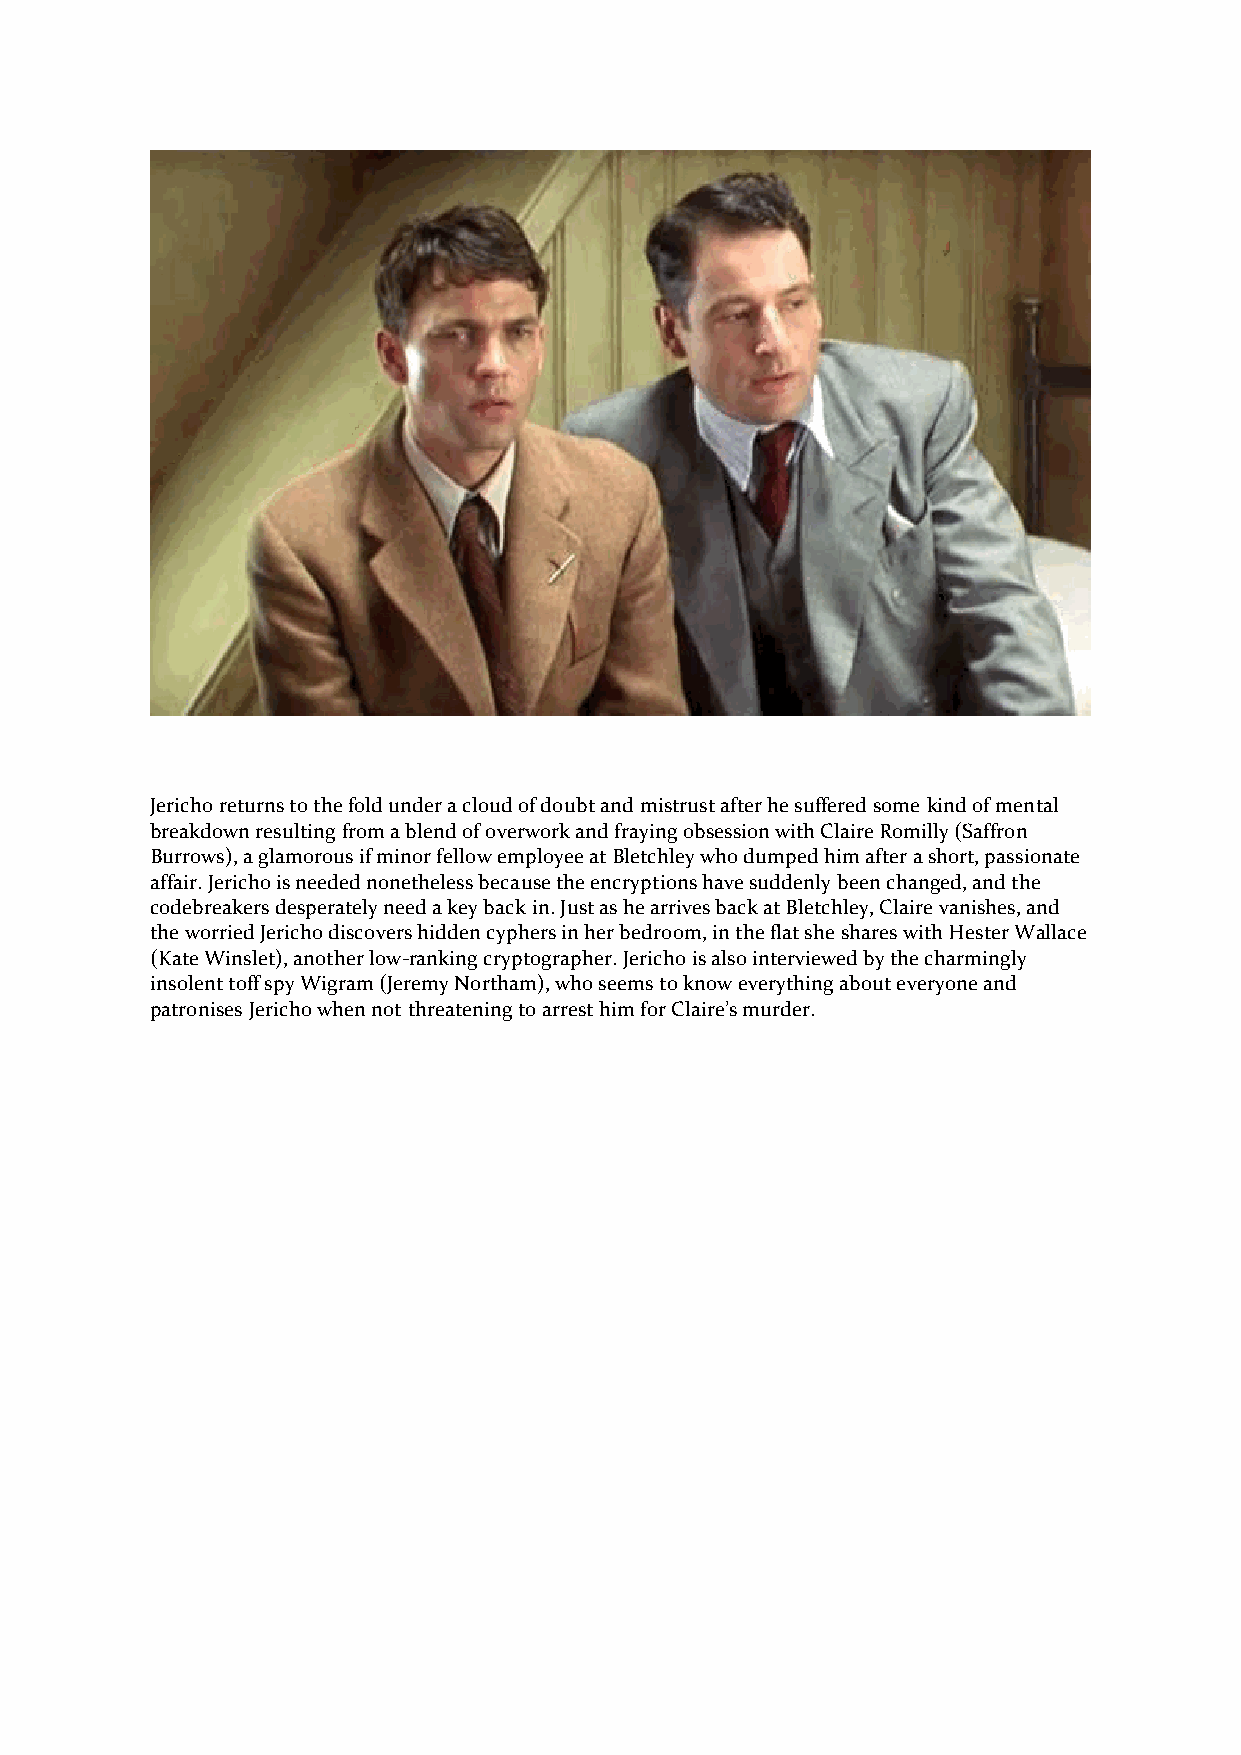
Jericho returns to the fold under a cloud of doubt and mistrust after he suffered some kind of mental
 breakdown resulting from a blend of overwork and fraying obsession with Claire Romilly (Saffron
 Burrows), a glamorous if minor fellow employee at Bletchley who dumped him after a short, passionate
 affair. Jericho is needed nonetheless because the encryptions have suddenly been changed, and the
 codebreakers desperately need a key back in. Just as he arrives back at Bletchley, Claire vanishes, and
 the worried Jericho discovers hidden cyphers in her bedroom, in the flat she shares with Hester Wallace
 (Kate Winslet), another low-ranking cryptographer. Jericho is also interviewed by the charmingly
 insolent toff spy Wigram (Jeremy Northam), who seems to know everything about everyone and
 patronises Jericho when not threatening to arrest him for Claire’s murder.